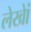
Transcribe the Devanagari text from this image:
लेखेां